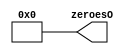
module Zeroes(zeroesO);
output [33:0] zeroesO;
 
assign zeroesO = 34'b0; 

endmodule